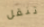
تنقل